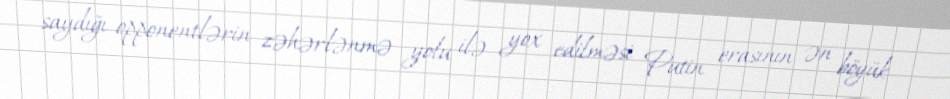
saydığı opponentlərin zəhərlənmə yolu ilə yox edilməsi Putin erasının ən böyük